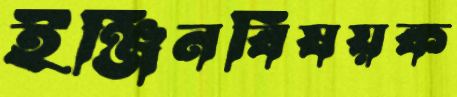
ইঞ্জিনবিষয়ক